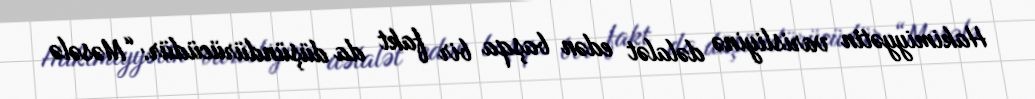
Hakimiyyətin varisliyinə dəlalət edən başqa bir fakt da düşündürücüdür: “Məsələ